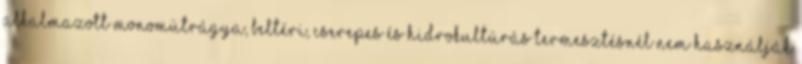
alkalmazott monomütrágya, beltéri, cserepes és hidrokultúrás termesztésnél nem használják